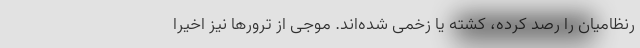
رنظامیان را رصد کرده، کشته یا زخمی شده‌اند. موجی از ترورها نیز اخیرا